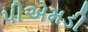
પીએમડી